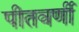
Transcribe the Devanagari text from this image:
पीतवर्णी